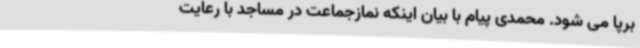
برپا می شود. محمدی پیام با بیان اینکه نمازجماعت در مساجد با رعایت